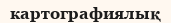
картографиялық